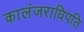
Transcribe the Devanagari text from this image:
कालंजराधिपति